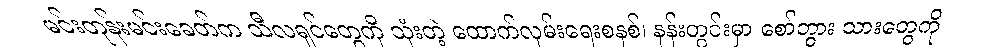
မင်းတုန်းမင်းခေတ်က သီလရှင်တွေကို သုံးတဲ့ ထောက်လှမ်းရေးစနစ်၊ နန်းတွင်းမှာ စော်ဘွား သားတွေကို